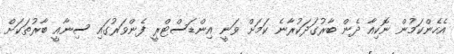
އެހެންކަމުން ނޮކިއާ ދެން ބާރުގަދަކުރާނެ ކަމަށް ވަނީ އިންޑަސްޓްރީ ފެންވަރުގައި ސިނާއީ ބާރުތަކަށް